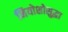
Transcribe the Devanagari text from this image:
नियोशोसुद्धा